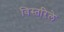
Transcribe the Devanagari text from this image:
विस्तरिले